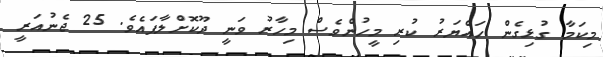
މިކަމާ ގުޅިގެން ހައްޔަރު ކުރި މީހުންވެސް މިހާރު ވަނީ ދޫކޮށްލާފައެވެ. 25 ޖެނުއަރީ